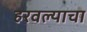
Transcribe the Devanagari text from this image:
हरवल्याचा